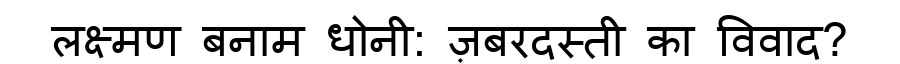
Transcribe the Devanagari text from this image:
लक्ष्मण बनाम धोनी: ज़बरदस्ती का विवाद?